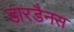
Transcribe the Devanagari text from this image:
डारडैनस